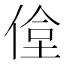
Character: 𬾶